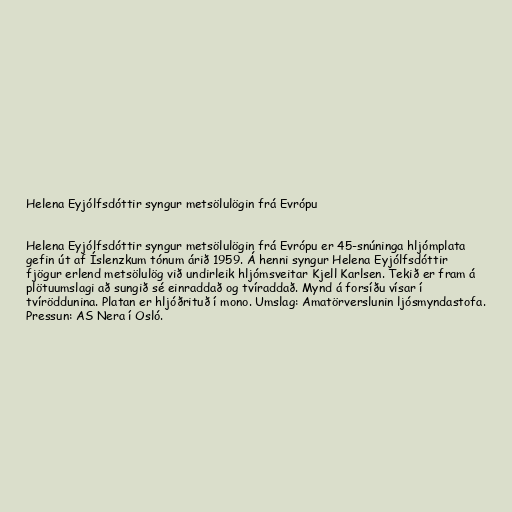
Helena Eyjólfsdóttir syngur metsölulögin frá Evrópu

Helena Eyjólfsdóttir syngur metsölulögin frá Evrópu er 45-snúninga hljómplata
gefin út af Íslenzkum tónum árið 1959. Á henni syngur Helena Eyjólfsdóttir
fjögur erlend metsölulög við undirleik hljómsveitar Kjell Karlsen. Tekið er fram á
plötuumslagi að sungið sé einraddað og tvíraddað. Mynd á forsíðu vísar í
tvíröddunina. Platan er hljóðrituð í mono. Umslag: Amatörverslunin ljósmyndastofa.
Pressun: AS Nera í Osló.